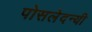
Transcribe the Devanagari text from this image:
पोसलेदन्यी